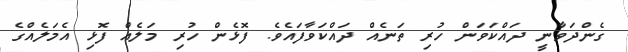
ގެންދަވާނީ ދައްކަވަން ހުރި ތަނެއް ދައްކަވާފައެވެ. ފޮޅެން ހުރި މަލެއް ފޮޅި އެމަލެއްގެ